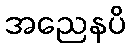
အညေနပိ